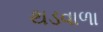
થડવાળા